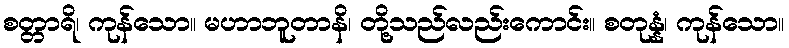
စတ္တာရိ၊ ကုန်သော။ မဟာဘူတာနိ၊ တို့သည်လည်းကောင်း။ စတုန္နံ၊ ကုန်သော။